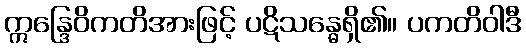
ဣန္ဒြေဝိကတိအားဖြင့် ပဋိသန္ဓေရှိ၏။ ပကတိဝါဒီ